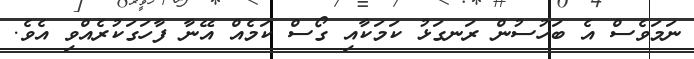
ނަމަވެސް އެ ބަހުސުން ރަނގަޅު ކަމަކާއި ގޯސް ކަމެއް އޭނާ ފާހަގަކުރެއްވި އެވެ.